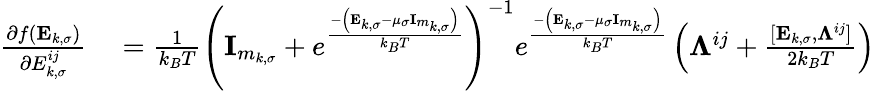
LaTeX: \begin{array}{rl}{\frac{\partial f(\mathbf{E}_{k,\sigma})}{\partial{E}_{k,\sigma}^{ij}}}&{{}=\frac{1}{k_{B}T}\left(\textbf{I}_{m_{k,\sigma}}+e^{\frac{-\left(\mathbf{E}_{k,\sigma}-\mu_{\sigma}\textbf{I}_{m_{k,\sigma}}\right)}{k_{B}T}}\right)^{-1}e^{\frac{-\left(\mathbf{E}_{k,\sigma}-\mu_{\sigma}\textbf{I}_{m_{k,\sigma}}\right)}{k_{B}T}}\left(\boldsymbol{\Lambda}^{ij}+\frac{[\mathbf{E}_{k,\sigma},\boldsymbol{\Lambda}^{ij}]}{2k_{B}T}\right)}\end{array}